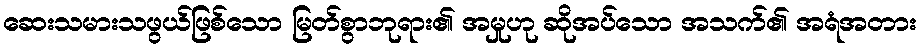
ဆေးသမားသဖွယ်ဖြစ်သော မြတ်စွာဘုရား၏ အမှုဟု ဆိုအပ်သော အသက်၏ အရံအတား